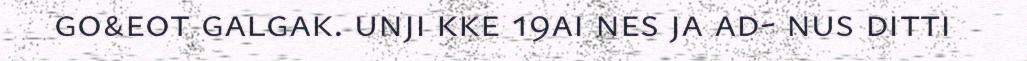
go&eot galgak. unji kke 19ai nes ja ad- nus ditti